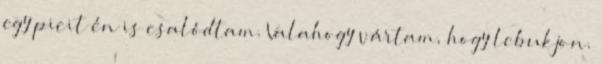
egy picit én is csalódtam. Valahogy vártam, hogy lebukjon.